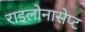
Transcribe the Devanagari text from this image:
राइलोनासेप्ट